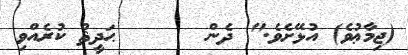
(ޖިމާޢުވެ) އުޅޭށެވެ." ދެން      ޙަދީޘް ކުރެއްވި